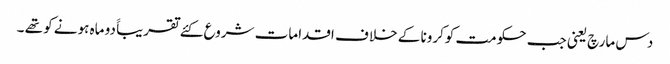
دس مارچ یعنی جب حکومت کوکرونا کے خلا ف اقدامات شروع کئے تقریباََ دو ماہ ہونے کو تھے ۔